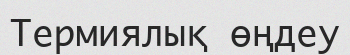
Термиялық өңдеу